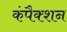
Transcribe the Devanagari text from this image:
कंपैक्शन